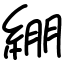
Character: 綳